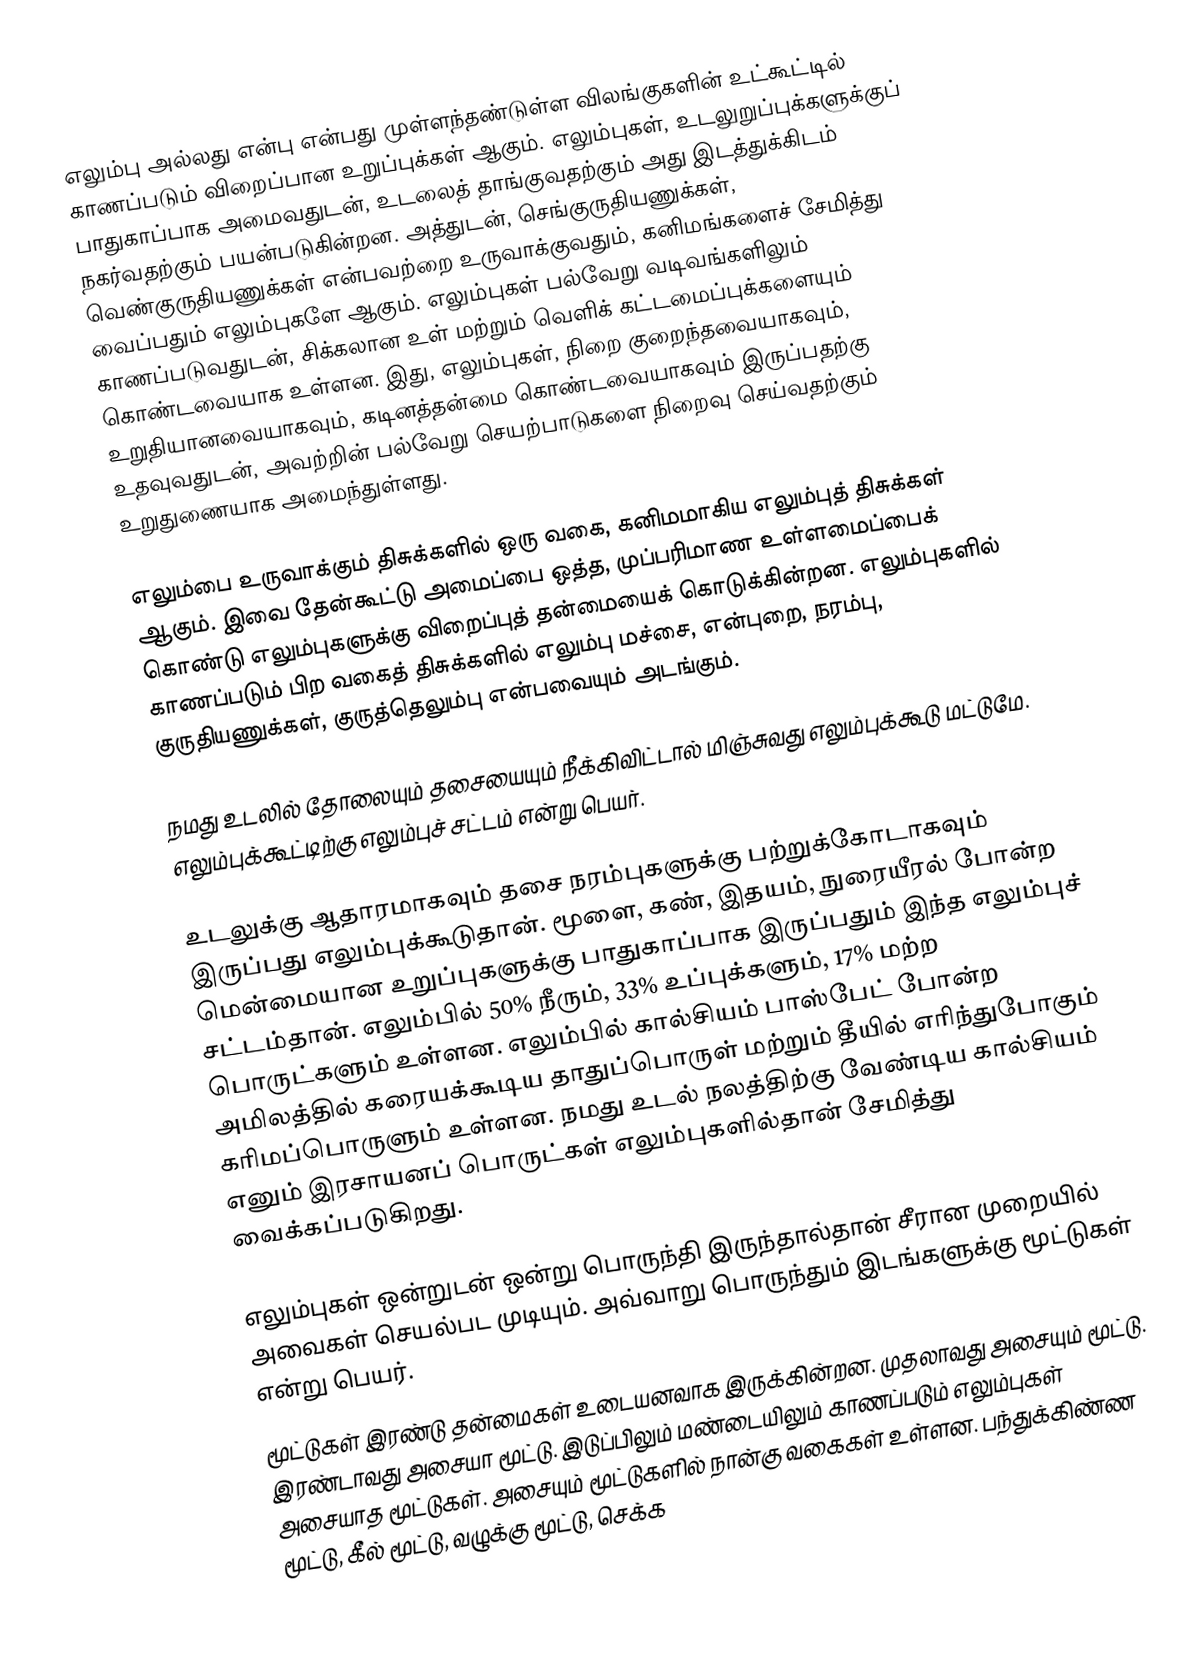
எலும்பு அல்லது என்பு என்பது முள்ளந்தண்டுள்ள விலங்குகளின் உட்கூட்டில் காணப்படும் விறைப்பான உறுப்புக்கள் ஆகும். எலும்புகள், உடலுறுப்புக்களுக்குப் பாதுகாப்பாக அமைவதுடன், உடலைத் தாங்குவதற்கும் அது இடத்துக்கிடம் நகர்வதற்கும் பயன்படுகின்றன. அத்துடன், செங்குருதியணுக்கள், வெண்குருதியணுக்கள் என்பவற்றை உருவாக்குவதும், கனிமங்களைச் சேமித்து வைப்பதும் எலும்புகளே ஆகும். எலும்புகள் பல்வேறு வடிவங்களிலும் காணப்படுவதுடன், சிக்கலான உள் மற்றும் வெளிக் கட்டமைப்புக்களையும் கொண்டவையாக உள்ளன. இது, எலும்புகள், நிறை குறைந்தவையாகவும், உறுதியானவையாகவும், கடினத்தன்மை கொண்டவையாகவும் இருப்பதற்கு உதவுவதுடன், அவற்றின் பல்வேறு செயற்பாடுகளை நிறைவு செய்வதற்கும் உறுதுணையாக அமைந்துள்ளது.

எலும்பை உருவாக்கும் திசுக்களில் ஒரு வகை, கனிமமாகிய எலும்புத் திசுக்கள் ஆகும். இவை தேன்கூட்டு அமைப்பை ஒத்த, முப்பரிமாண உள்ளமைப்பைக் கொண்டு எலும்புகளுக்கு விறைப்புத் தன்மையைக் கொடுக்கின்றன. எலும்புகளில் காணப்படும் பிற வகைத் திசுக்களில் எலும்பு மச்சை, என்புறை, நரம்பு, குருதியணுக்கள், குருத்தெலும்பு என்பவையும் அடங்கும்.

நமது உடலில் தோலையும் தசையையும் நீக்கிவிட்டால் மிஞ்சுவது எலும்புக்கூடு மட்டுமே. எலும்புக்கூட்டிற்கு எலும்புச் சட்டம் என்று பெயர்.

உடலுக்கு ஆதாரமாகவும் தசை நரம்புகளுக்கு பற்றுக்கோடாகவும் இருப்பது எலும்புக்கூடுதான். மூளை, கண், இதயம், நுரையீரல் போன்ற மென்மையான உறுப்புகளுக்கு பாதுகாப்பாக இருப்பதும் இந்த எலும்புச் சட்டம்தான். எலும்பில் 50% நீரும், 33% உப்புக்களும், 17% மற்ற பொருட்களும் உள்ளன. எலும்பில் கால்சியம் பாஸ்பேட் போன்ற அமிலத்தில் கரையக்கூடிய தாதுப்பொருள் மற்றும் தீயில் எரிந்துபோகும் கரிமப்பொருளும் உள்ளன. நமது உடல் நலத்திற்கு வேண்டிய கால்சியம் எனும் இரசாயனப் பொருட்கள் எலும்புகளில்தான் சேமித்து வைக்கப்படுகிறது.

எலும்புகள் ஒன்றுடன் ஒன்று பொருந்தி இருந்தால்தான் சீரான முறையில் அவைகள் செயல்பட முடியும். அவ்வாறு பொருந்தும் இடங்களுக்கு மூட்டுகள் என்று பெயர்.
மூட்டுகள் இரண்டு தன்மைகள் உடையனவாக இருக்கின்றன. முதலாவது அசையும் மூட்டு. இரண்டாவது அசையா மூட்டு. இடுப்பிலும் மண்டையிலும் காணப்படும் எலும்புகள் அசையாத மூட்டுகள். அசையும் மூட்டுகளில் நான்கு வகைகள் உள்ளன. பந்துக்கிண்ண மூட்டு, கீல் மூட்டு, வழுக்கு மூட்டு, செக்க